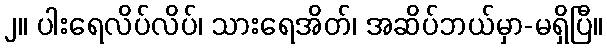
၂။ ပါးရေလိပ်လိပ်၊ သားရေအိတ်၊ အဆိပ်ဘယ်မှာ-မရှိပြီ။